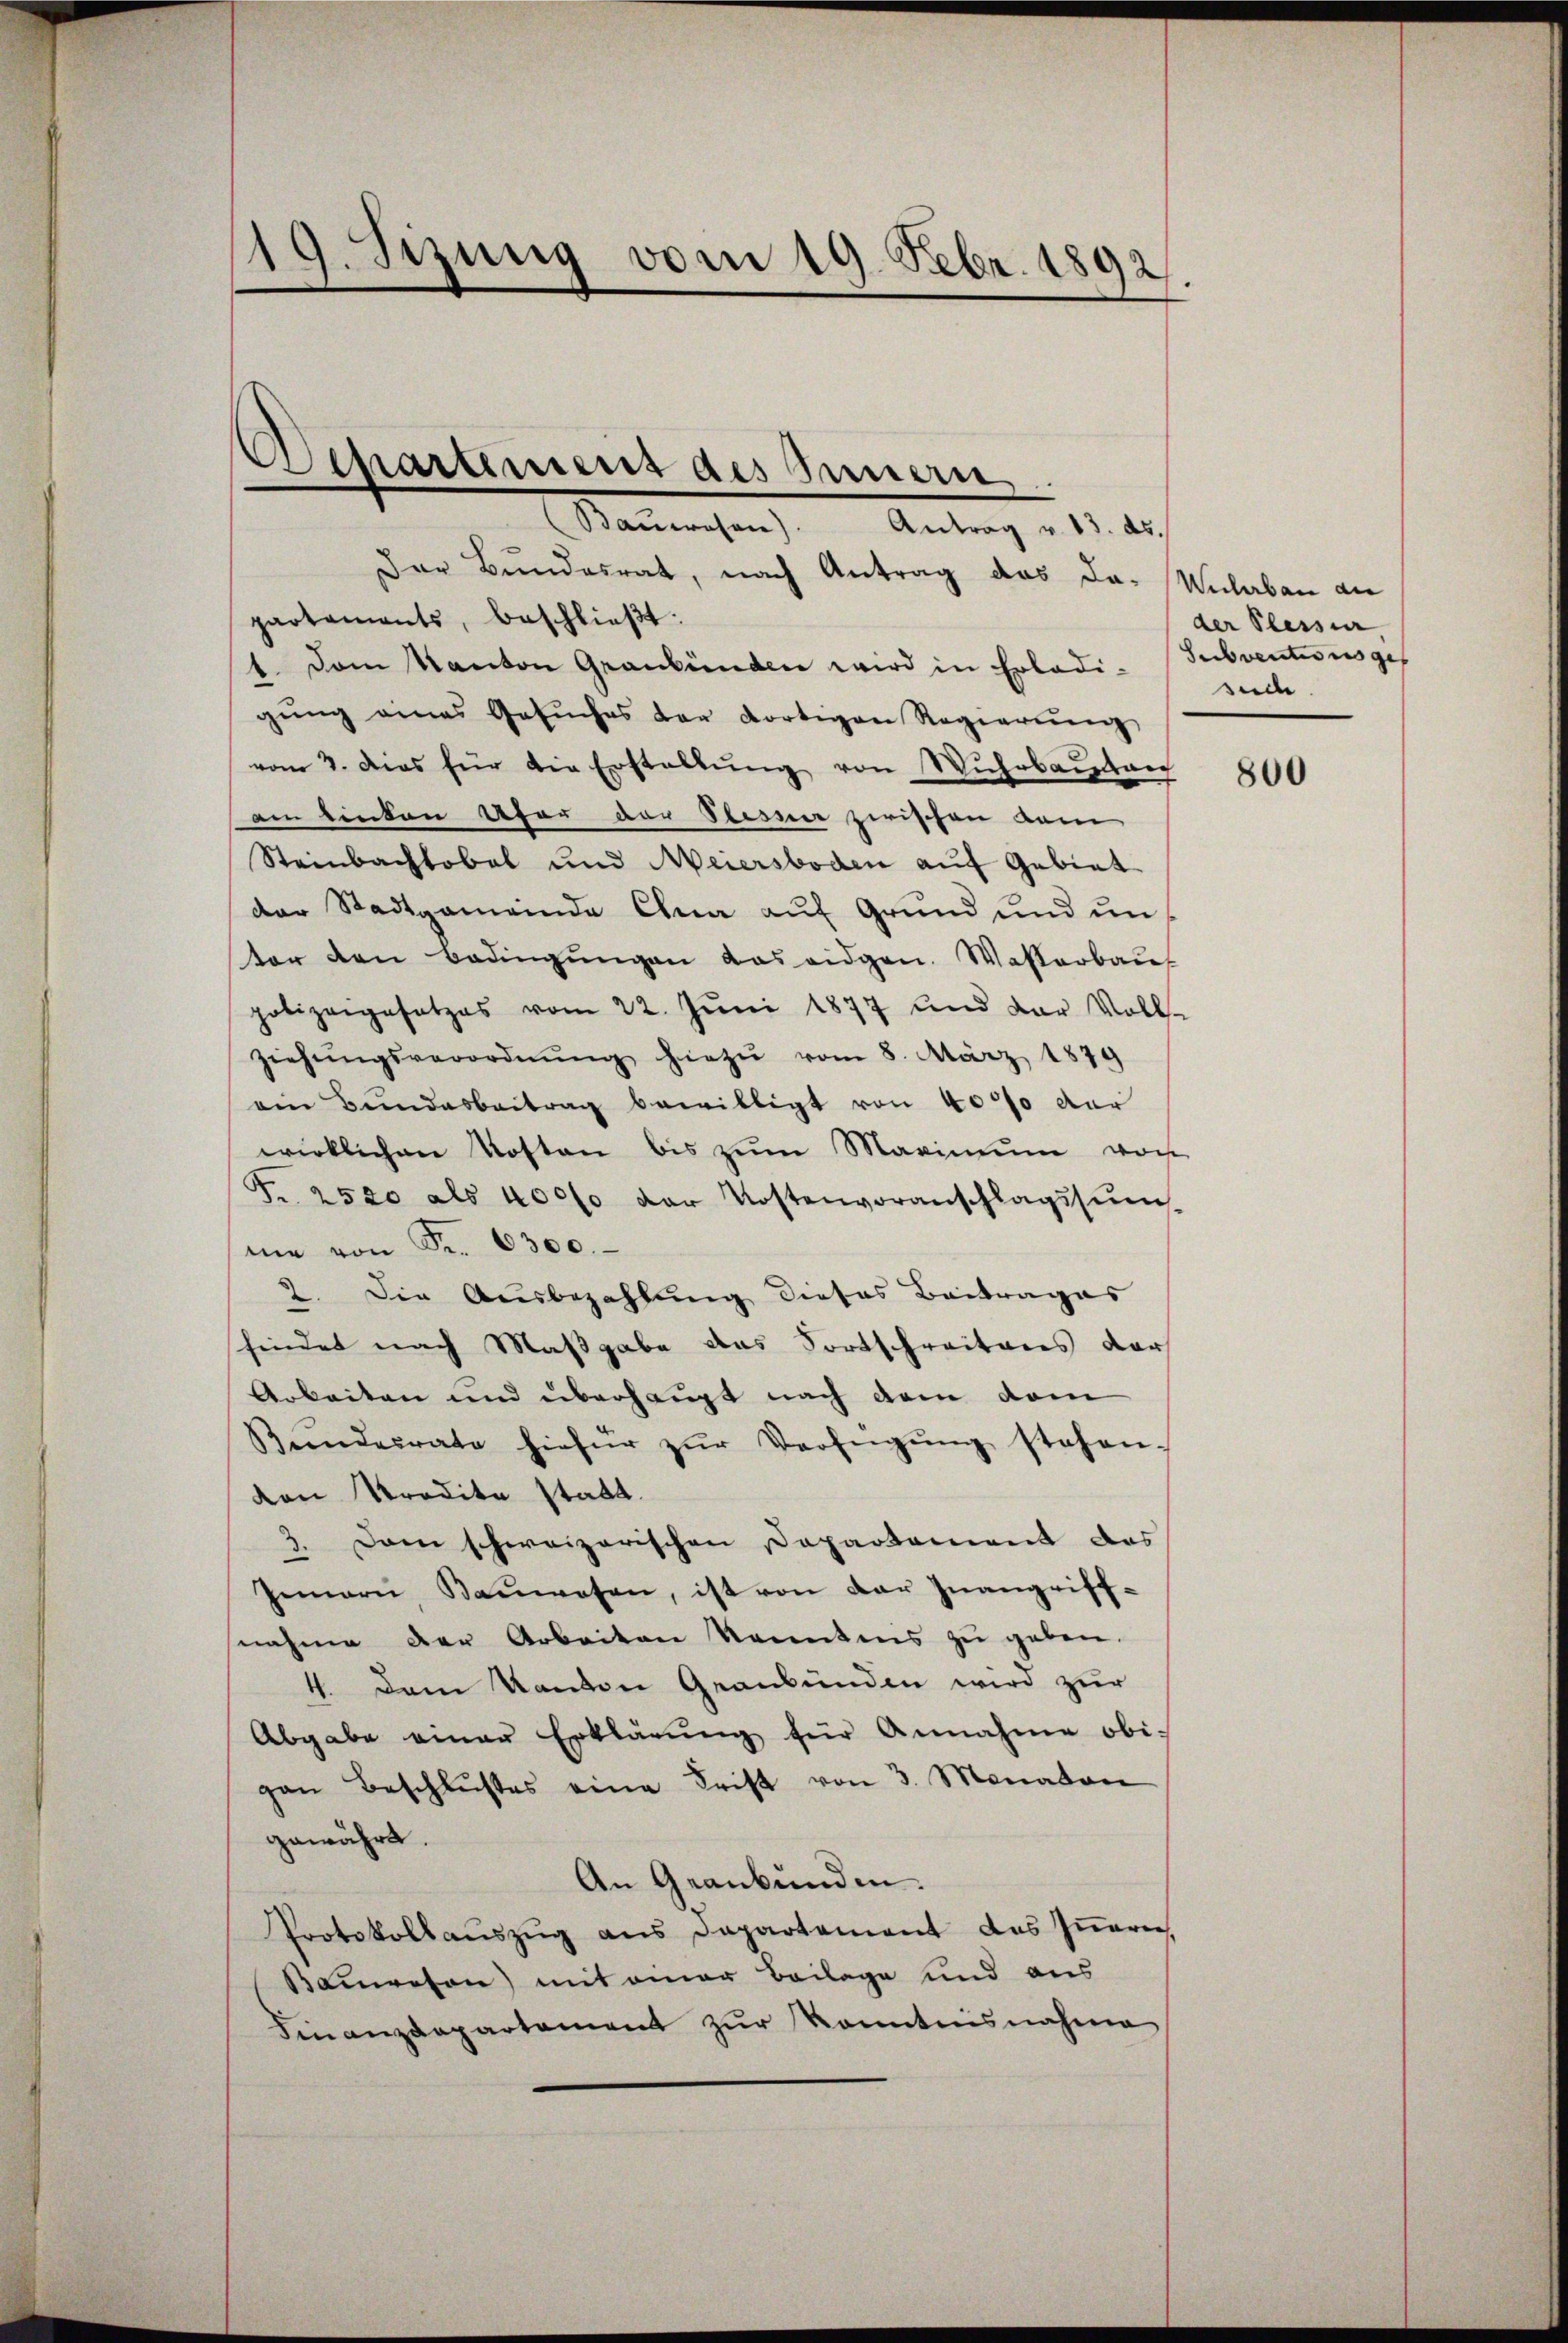
.
gung vom 19. Febr. 1892

Departement des Innern

Banwesen). Antrag u. 13. ds.
Der Bundesrat, nach Antrag das Da-
partements, beschließt:
1. Dem Kanton Graubünden wird in Erledi-
gŭng eines Gesŭches der dortigen Regierŭng
vom 2. das für die Erstellŭng von Wŭhrbaŭstan
am linken Ufer der Sterner zwischen vom
Steinbachtobel und Meiersboden auf Gebiet
der Stadtgemeinde Ahna auf Grund und unter den Bedingŭngen das eidgen. Waßerbaus
polizeigesetzes vom 22. Jŭni 1877 und der Volls-
ziehŭngsverordnŭng hiezŭ vom 8. März 1879
am Bundesbeitrag bewilligt von 4000 der
wirklichen Kosten bis zŭm Maximum von
Fr. 2520 als 4000 der Kostenvoranschlagssum
me von Fr. 6300.
2. Die Ausbezahlung dieses Beitrages
findet nach Maßgabe das Fortschreiteres dar
Arbeiten und überhaupt nach dem vom
Bundesrate hiefür zŭr Verfügŭng stehen-
von Kredite statt.
3. Dann schweizerischen Departament das
Gemari Baŭwesen, ist von der Inangriff-
nahme der Arbeiten konntens zu geben.
4. Dem Kanton Graubünden wird zur
Abgabe einer Erklärŭng für Annahme obi-
gan Beschlŭsses eine Frist von 3. Monaten
gewährt.
An Geanbunden.
Protokollauszug aus Departement des Inneren
Bamoson) mit einer Beilage und aus
Finanzdepartament zŭr Kenntnisnahme

Weilerbau di
der Plessier
Subventions ges
suche

800